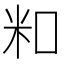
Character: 𬖏